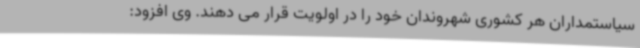
سیاستمداران هر کشوری شهروندان خود را در اولویت قرار می دهند. وی افزود: